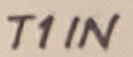
Text: T1IN